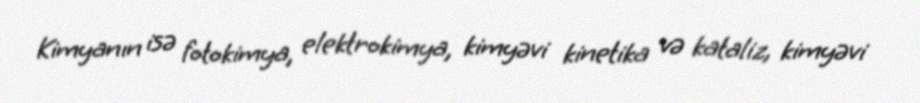
Kimyanın isə fotokimya, elektrokimya, kimyəvi kinetika və kataliz, kimyəvi